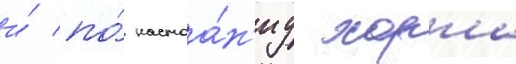
и́ по́ настоа́н'иу хорна